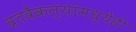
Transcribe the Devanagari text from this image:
व्रतवैकल्यांमध्येही